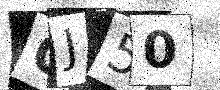
Text: GJ50